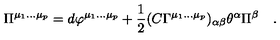
\Pi ^ { \mu _ { 1 } \dots \mu _ { p } } = d \varphi ^ { \mu _ { 1 } \dots \mu _ { p } } + { \frac { 1 } { 2 } } ( C \Gamma ^ { \mu _ { 1 } \dots \mu _ { p } } ) _ { \alpha \beta } \theta ^ { \alpha } \Pi ^ { \beta } \quad .